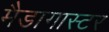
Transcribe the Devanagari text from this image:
मैडागास्टर